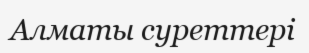
Алматы суреттері